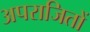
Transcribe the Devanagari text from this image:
अपराजितों